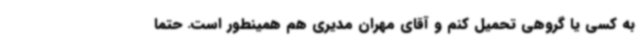
به کسی یا گروهی تحمیل کنم و آقای مهران مدیری هم همینطور است. حتماً